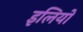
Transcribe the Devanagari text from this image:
इलियो